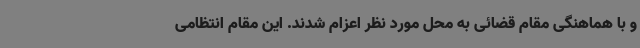
و با هماهنگی مقام قضائی به محل مورد نظر اعزام شدند. این مقام انتظامی